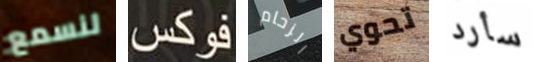
لنسمع فوكس الزحام تحوي سأرد